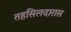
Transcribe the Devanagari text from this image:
तहसिलदारास